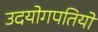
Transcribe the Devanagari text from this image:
उदयोगपतियों